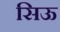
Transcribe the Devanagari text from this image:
सिऊ